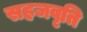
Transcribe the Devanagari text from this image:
सहजवृति